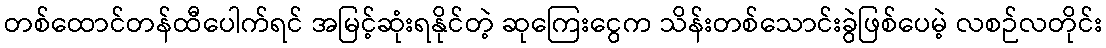
တစ်ထောင်တန်ထီပေါက်ရင် အမြင့်ဆုံးရနိုင်တဲ့ ဆုကြေးငွေက သိန်းတစ်သောင်းခွဲဖြစ်ပေမဲ့ လစဉ်လတိုင်း